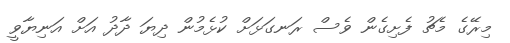
މިރޭގެ މެޗު ފެށިގެން ވެސް ރަނގަޅަށް ކުޅެމުން ދިޔަ ދާދު އަށް އަނިޔާވީ